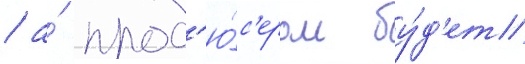
/ а́ прод'ю́с'ером бу́д'ет